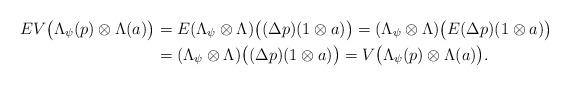
LaTeX: \begin{align*}EV\bigl(\Lambda_{\psi}(p)\otimes\Lambda(a)\bigr)&=E(\Lambda_{\psi}\otimes\Lambda)\bigl((\Delta p)(1\otimes a)\bigr)=(\Lambda_{\psi}\otimes\Lambda)\bigl(E(\Delta p)(1\otimes a)\bigr) \\&=(\Lambda_{\psi}\otimes\Lambda)\bigl((\Delta p)(1\otimes a)\bigr)=V\bigl(\Lambda_{\psi}(p)\otimes\Lambda(a)\bigr).\end{align*}